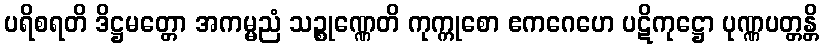
ပရိစရတိ ဒိဋ္ဌမတ္တော အကမ္မညံ သဉ္စုဏ္ဏေတိ ကုက္ကုစော ဧကဂေဟေ ပဋိကုဋ္ဌော ပုဏ္ဏပတ္တန္တိ